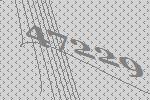
47229